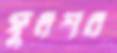
ফুলশর